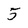
Character: 5